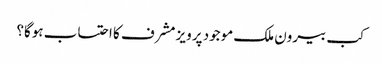
کب بیرون ملک موجود پرویز مشرف کا احتساب ہوگا؟